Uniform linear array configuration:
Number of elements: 64
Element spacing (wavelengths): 0.5
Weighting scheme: binomial
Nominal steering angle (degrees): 0
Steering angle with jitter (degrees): -1.257
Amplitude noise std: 0.05
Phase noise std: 0.05

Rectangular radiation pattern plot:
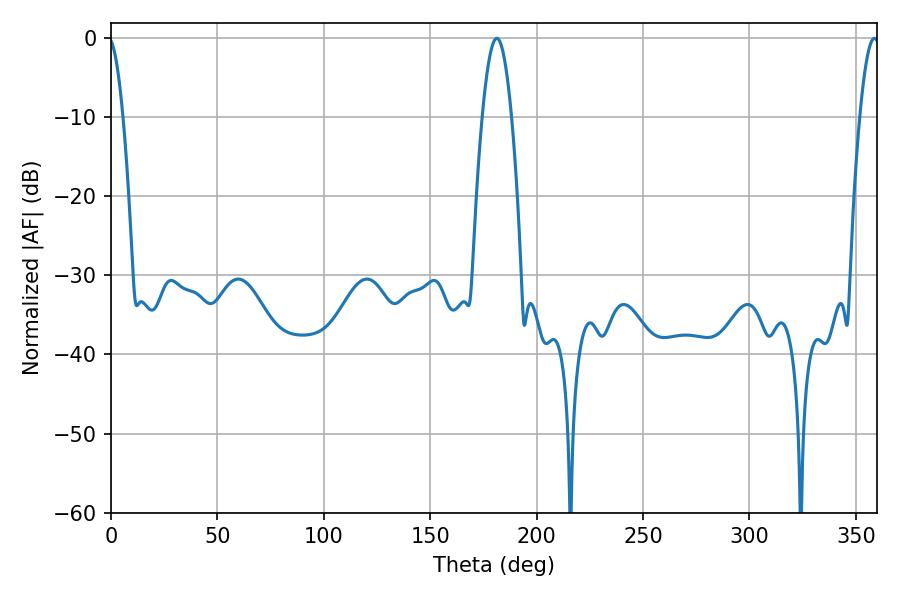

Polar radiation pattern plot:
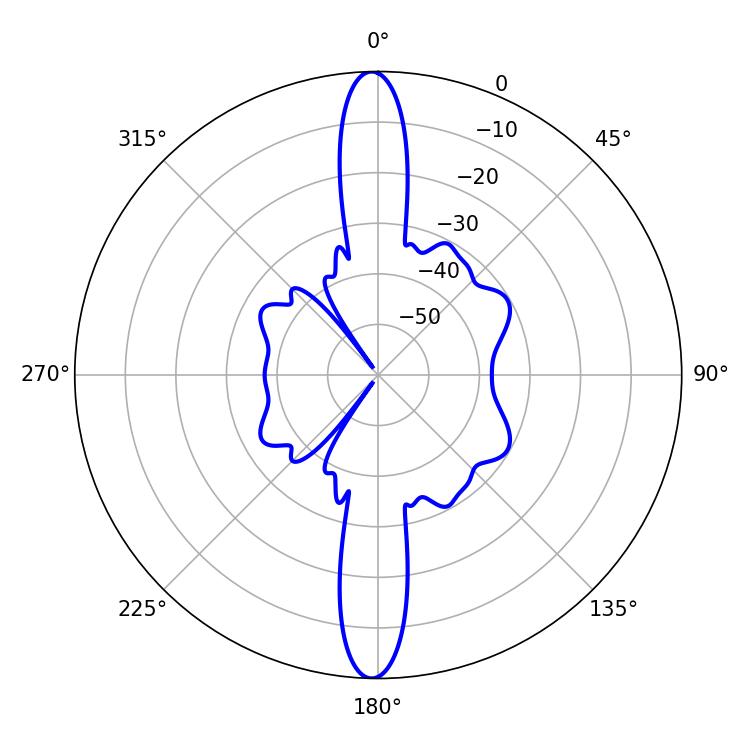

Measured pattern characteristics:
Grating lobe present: FALSE
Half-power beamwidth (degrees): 7.56
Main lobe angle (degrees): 181.26